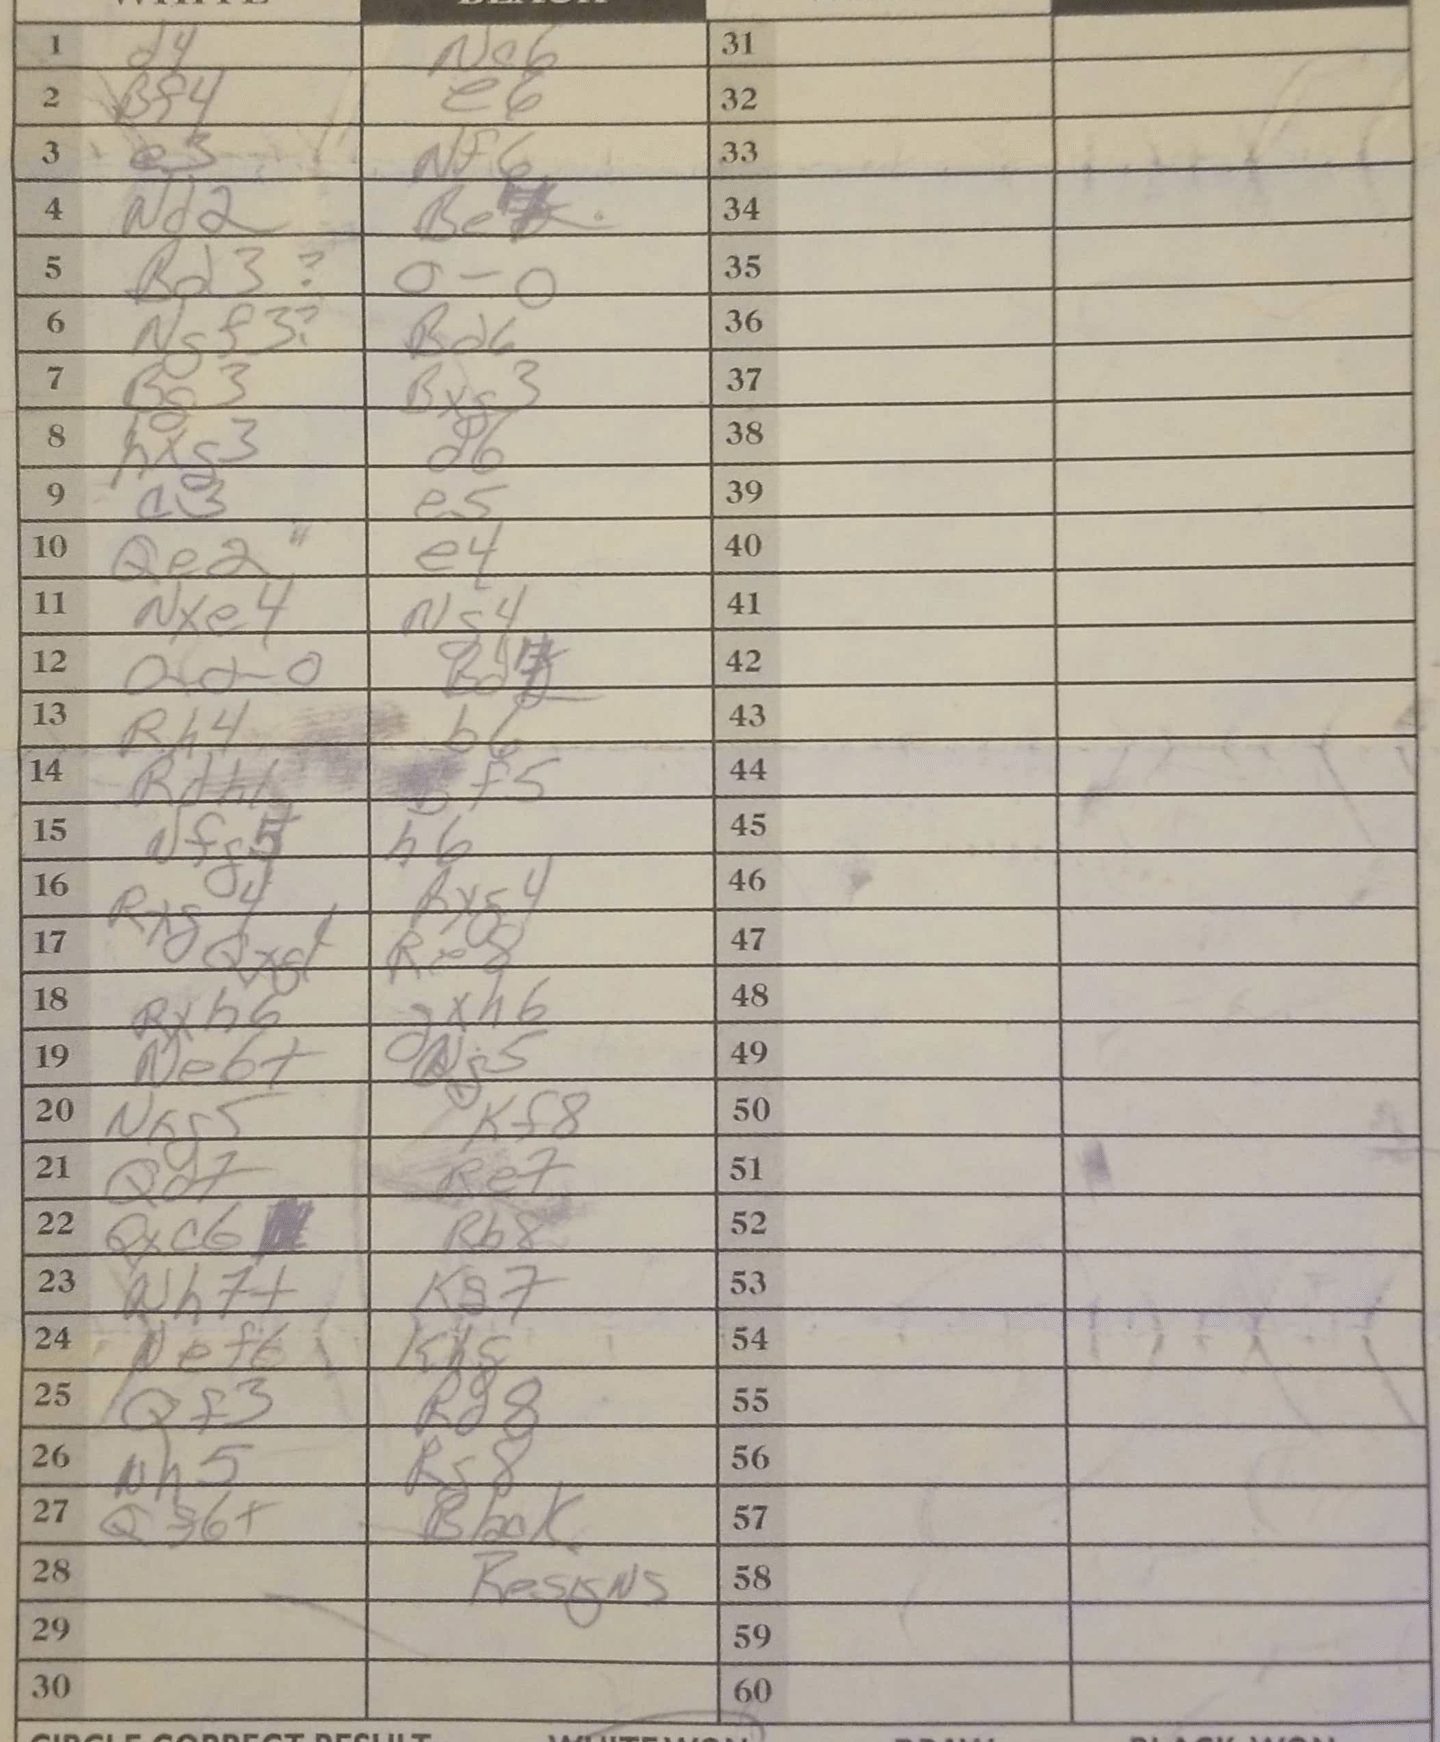
Moves: d4 Ne6 Bf4 e6 e3 Nf6 Nd2 Be4 Bd3 O-O Ngf3 Bd6 Bg3 Bxg3 hxg3 d6 a3 e5 Qe2 e4 Nxe4 Ng4 O-O-O Bd7 Rh4 b6 Rdh1 Bf5 Nfg5 h6 Rxg4 Bxg4 Qxg1 Re8 Rxh6 gxh6 Ne6+ Qg5 Nxg5 Kf8 Qd7 Re7 Qxc6 Rb8 Nh7+ Kg7 Nef6 Kh8 Qf3 Rd8 Nh5 Rg8 Qf6+